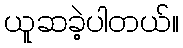
ယူဆခဲ့ပါတယ်။